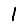
Digit: 1